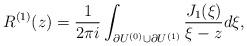
LaTeX: \begin{align*}R^{(1)}(z)=\frac{1}{2\pi i}\int_{\partial U^{(0)}\cup \partial U^{(1)}}\frac{J_1(\xi)}{\xi-z}d\xi,\end{align*}